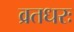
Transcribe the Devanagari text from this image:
व्रतधरः